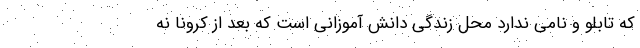
که تابلو و نامی ندارد محل زندگی دانش آموزانی است که بعد از کرونا نه